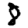
Digit: 8